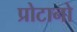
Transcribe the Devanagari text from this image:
प्रोटानो